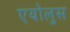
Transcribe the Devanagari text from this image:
एयोलुस